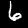
Label: 6